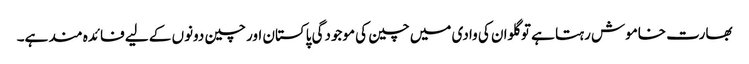
بھارت خاموش رہتا ہے تو گلوان کی وادی میں چین کی موجودگی پاکستان اور چین دونوں کے لیے فائدہ مند ہے۔